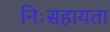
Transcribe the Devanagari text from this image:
निःसहायता